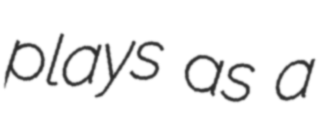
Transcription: plays as a